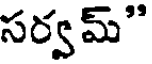
సర్వమ్"